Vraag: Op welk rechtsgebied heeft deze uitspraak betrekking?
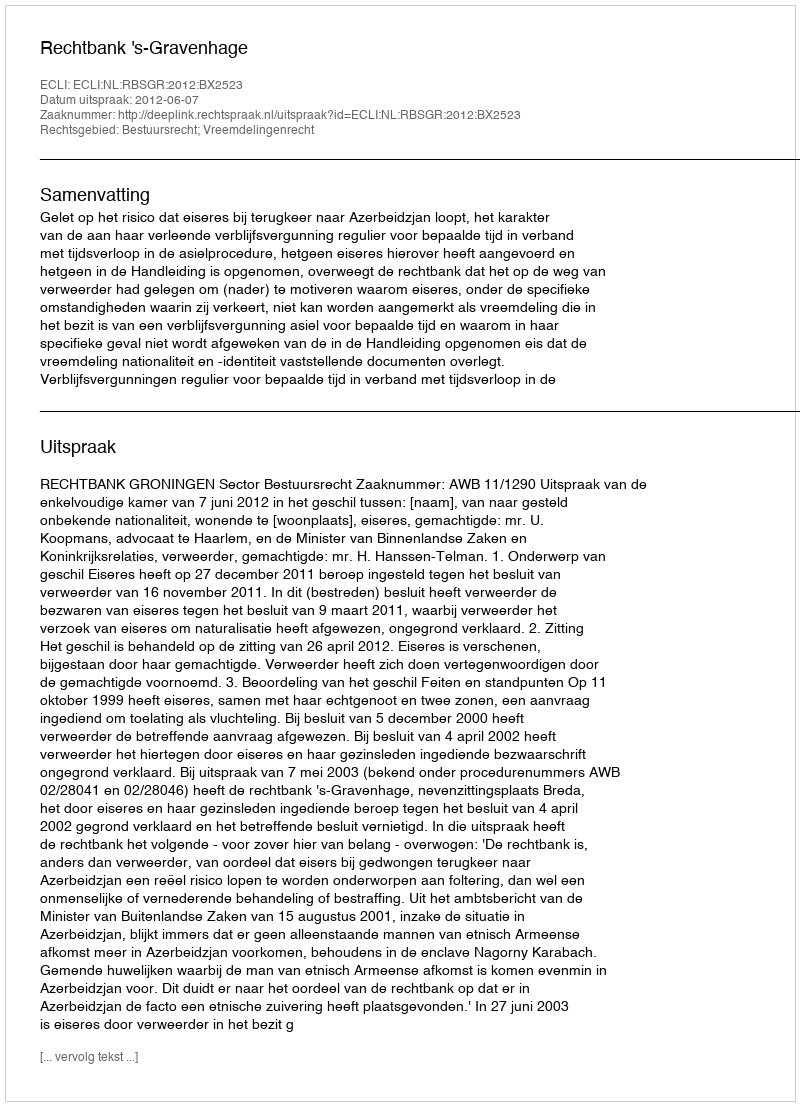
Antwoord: Bestuursrecht; Vreemdelingenrecht